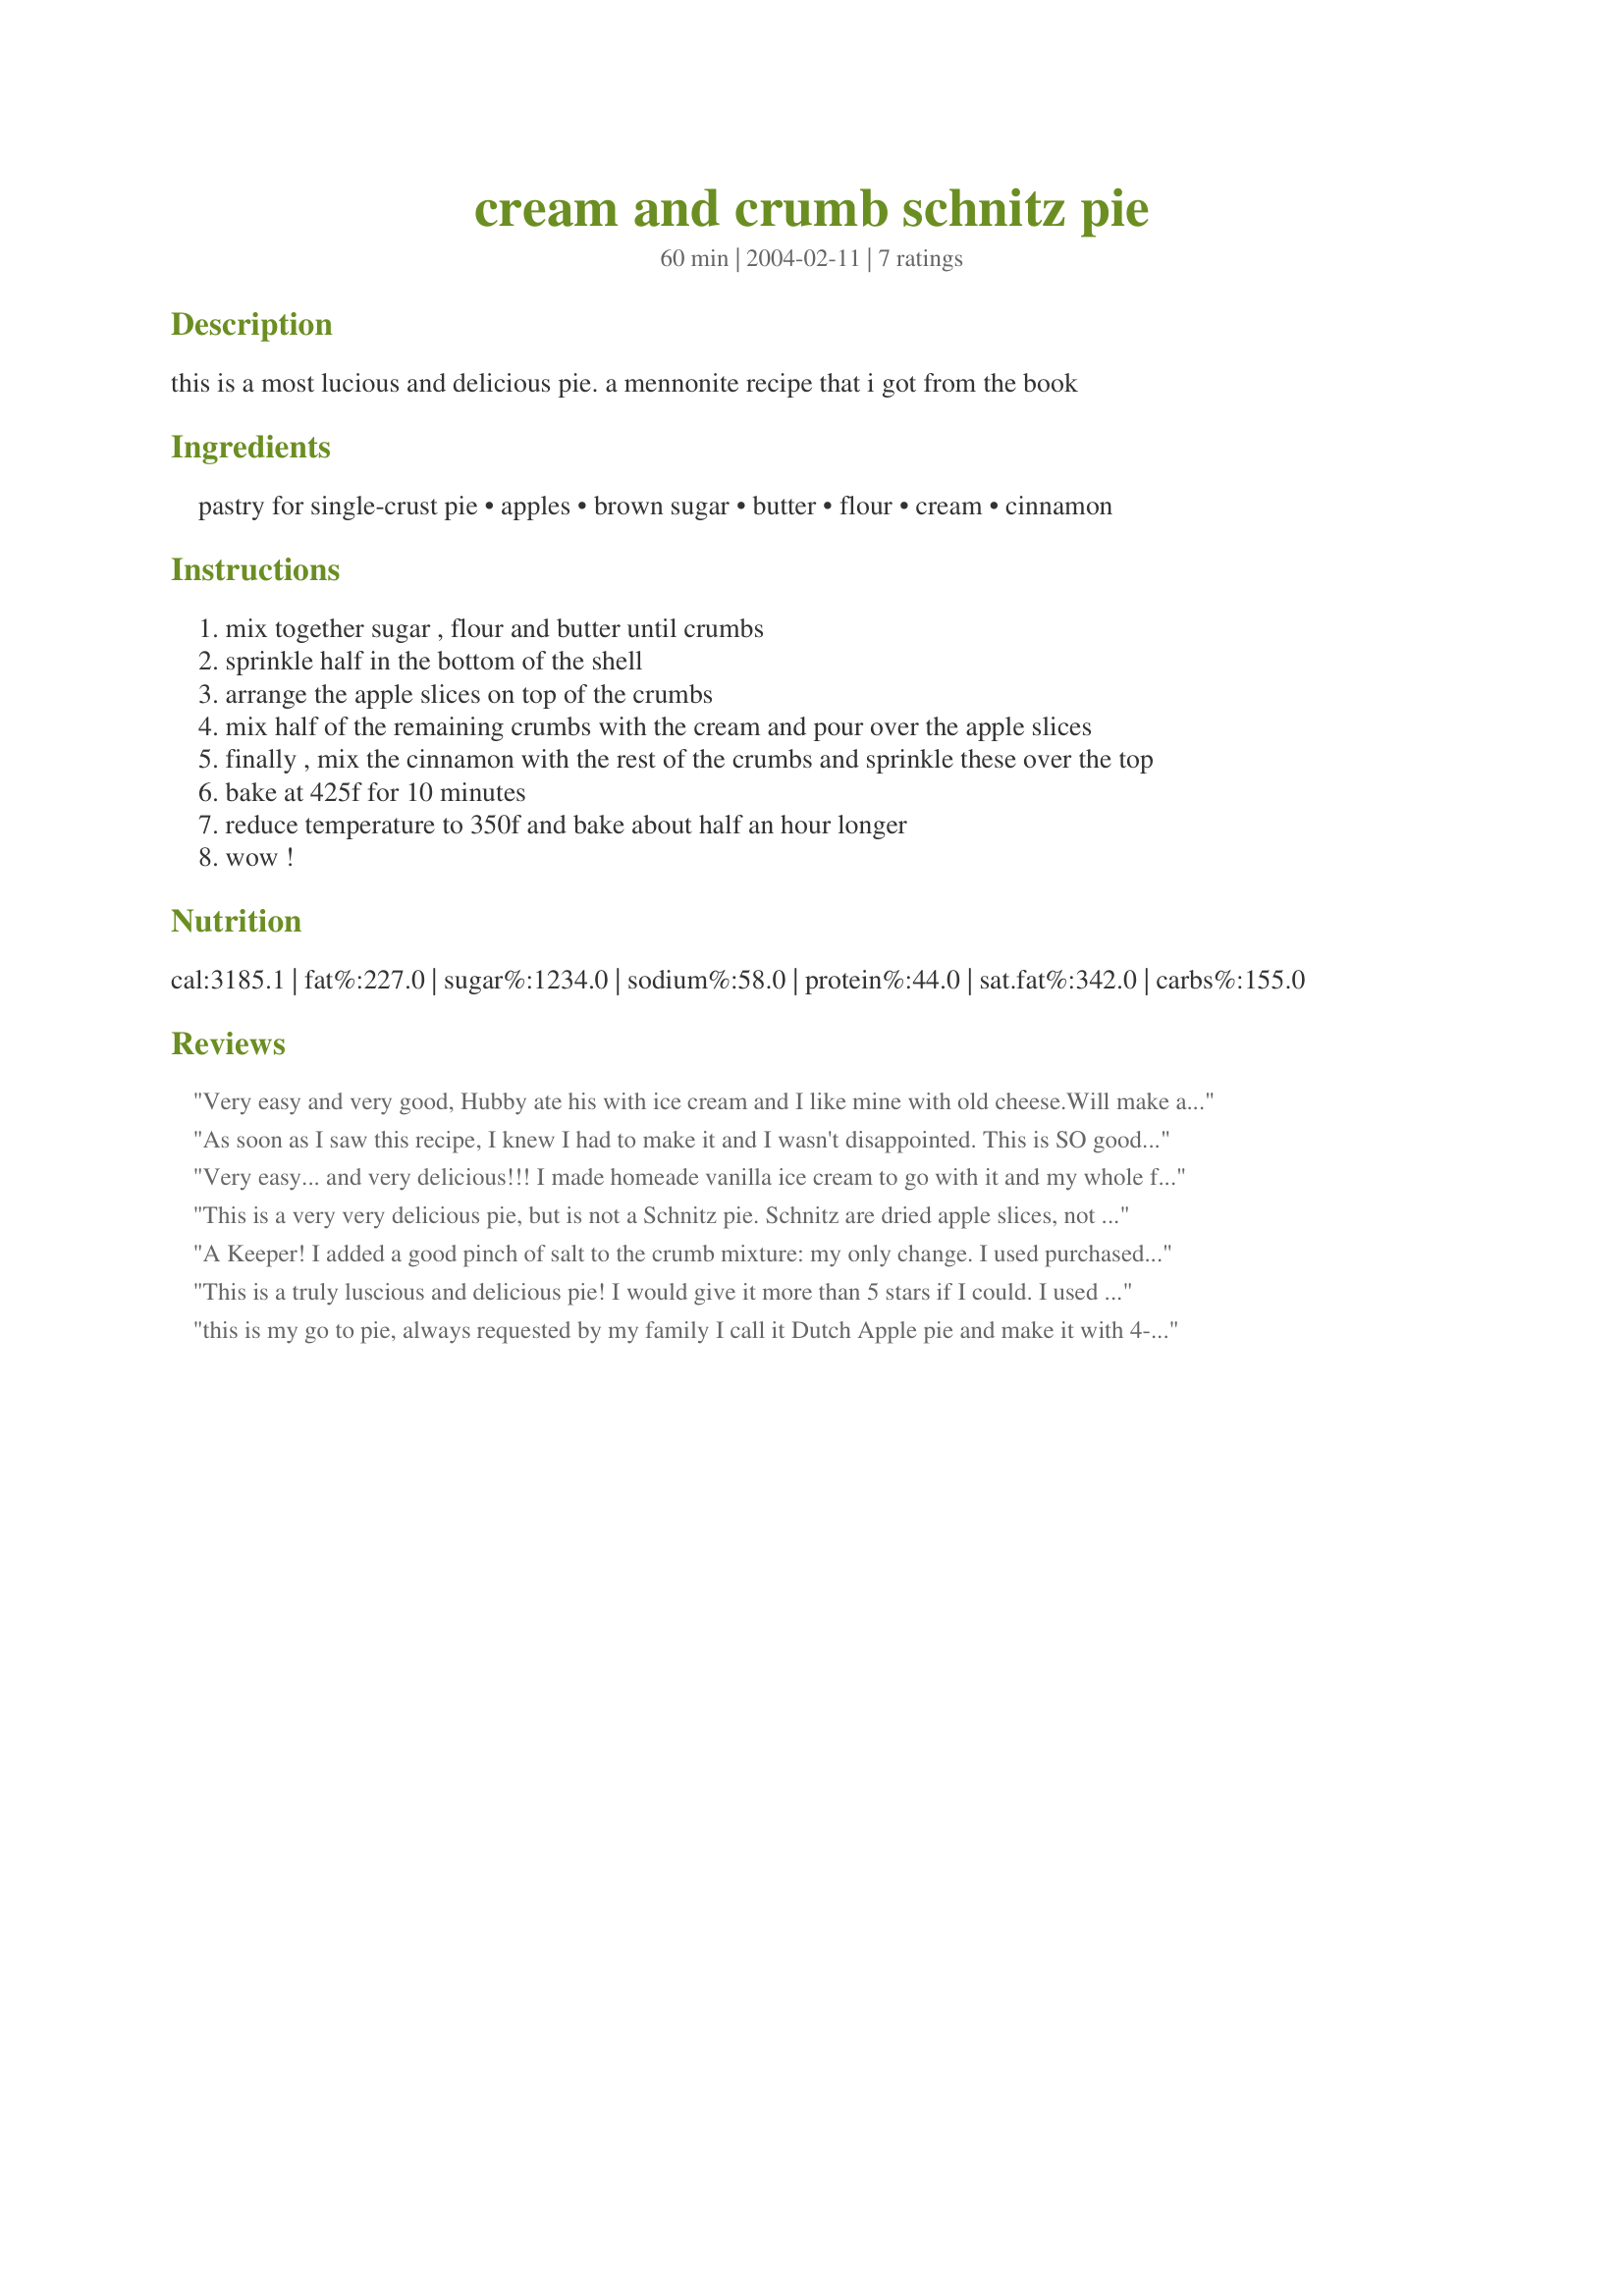
cream and crumb schnitz pie
Preparation time: 60 minutes

this is a most lucious and delicious pie. a mennonite recipe that i got from the book

Ingredients:
pastry for single-crust pie, apples, brown sugar, butter, flour, cream, cinnamon

Steps:
mix together sugar , flour and butter until crumbs
sprinkle half in the bottom of the shell
arrange the apple slices on top of the crumbs
mix half of the remaining crumbs with the cream and pour over the apple slices
finally , mix the cinnamon with the rest of the crumbs and sprinkle these over the top
bake at 425f for 10 minutes
reduce temperature to 350f and bake about half an hour longer
wow !

Reviews:
Very easy and very good, Hubby ate his with ice cream and I like mine with old cheese.Will make again.
As soon as I saw this recipe, I knew I had to make it and I wasn't disappointed. This is SO good and so easy as well. I used granny smith apples and only needed 4 as they were quite large. I did everything else the way the recipe states. My husband ate most of this by himself, I only got one piece! Thanks MarieAlice for a really great pie recipe.
Very easy... and very delicious!!! I made homeade vanilla ice cream to go with it and my whole family was in heaven! Thank you!
This is a very very delicious pie, but is not a Schnitz pie. Schnitz are dried apple slices, not fresh apples slices. I made it for Thanksgiving dinner and the pie was highly received by DH's family who are all Pennsylvania Dutch.
A Keeper! I added a good pinch of salt to the crumb mixture: my only change. I used purchased sour cream and a combination of Granny Smith and Gala apples. And I will make this again! We really enjoyed it.
This is a truly luscious and delicious pie! I would give it more than 5 stars if I could. I used a mixture of sour cream and milk and 2/3 cups of sugar. We loved it so much I had to make a second one just for me, well I had apples I had to use up ;)lol. Thanks so much!
this is my go to pie, always requested by my family I call it Dutch Apple pie and make it with 4-5 different type of apples and adjust sugar accordingly to sweetness of apples LOVED by ALL
